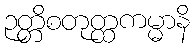
ဉတ္တိစတုတ္ထကမ္မာနိ